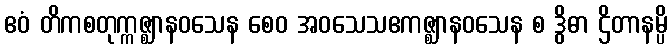
ဧဝံ တိကစတုက္ကဇ္ဈာနဝသေန စေဝ အဝသေသဧကဇ္ဈာနဝသေန စ ဒွိဓာ ဌိတာနမ္ပိ